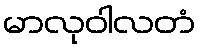
မာလုဝါလတံ